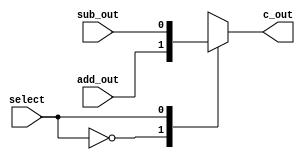
`timescale 1ns / 1ps
//////////////////////////////////////////////////////////////////////////////////
// Company: 
// Engineer: 
// 
// Design Name: 
// Module Name: MUXadd
// Project Name: 
// Target Devices: 
// Tool Versions: 
// Description: 
// 
// Dependencies: 
// 
// Revision:
// Revision 0.01 - File Created
// Additional Comments:
// 
//////////////////////////////////////////////////////////////////////////////////


module MUXadd(c_out,add_out,sub_out,select);

input add_out;
input sub_out; 
input select; 

output reg c_out;

always@(*) begin
case (select)
    1'b0: c_out = add_out;
    1'b1: c_out = sub_out;
    
    default: c_out = 0;
endcase
end

endmodule